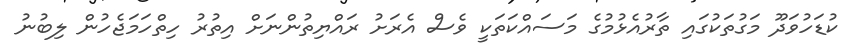
ކުޑަހުވަދޫ މަގުތަކުގައި ތާރުއެޅުމުގެ މަސައްކަތަކީ ވެސް އެރަށު ރައްޔިތުންނަށް އިތުރު ހިތްހަމަޖެހުން ލިބުނު